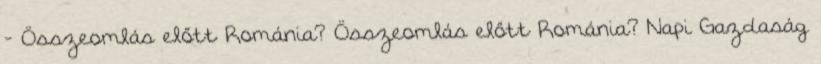
- Összeomlás előtt Románia? Összeomlás előtt Románia? Napi Gazdaság